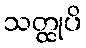
သတ္ထုပိ